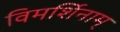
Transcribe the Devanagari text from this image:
विमर्शिनाम्